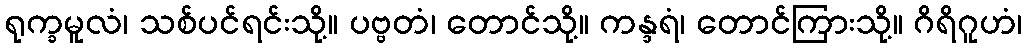
ရုက္ခမူလံ၊ သစ်ပင်ရင်းသို့။ ပဗ္ဗတံ၊ တောင်သို့။ ကန္ဒရံ၊ တောင်ကြားသို့။ ဂိရိဂူဟံ၊